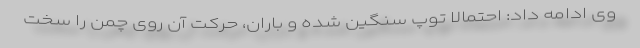
وی ادامه داد: احتمالاً توپ سنگین شده و باران، حرکت آن روی چمن را سخت